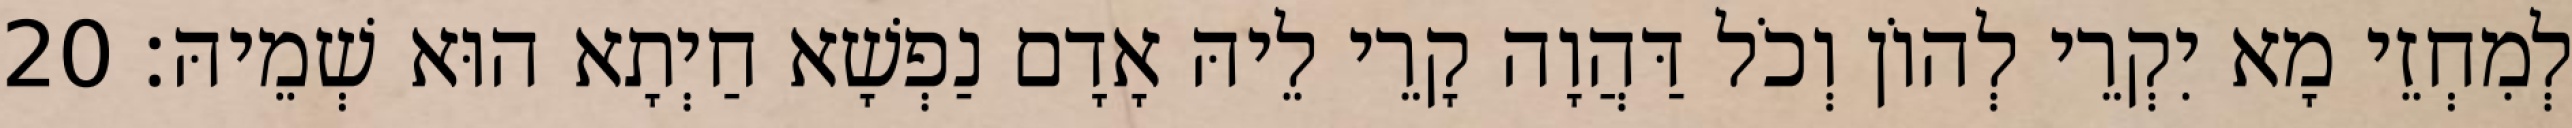
לְמִחְזֵי מָא יִקְרֵי לְהוֹן וְכֹל דַּהֲוָה קָרֵי לֵיהּ אָדָם נַפְשָׁא חַיְתָא הוּא שְׁמֵיהּ׃ 20